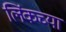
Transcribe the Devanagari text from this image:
लिंकच्या